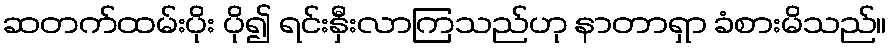
ဆတက်ထမ်းပိုး ပို၍ ရင်းနှီးလာကြသည်ဟု နာတာရှာ ခံစားမိသည်။